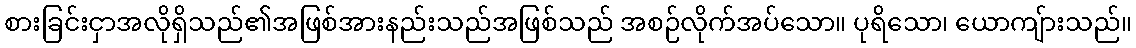
စားခြင်းငှာအလိုရှိသည်၏အဖြစ်အားနည်းသည်အဖြစ်သည် အစဉ်လိုက်အပ်သော။ ပုရိသော၊ ယောကျ်ားသည်။